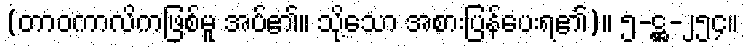
(တာဝကာလိကဖြစ်မူ အပ်၏။ သို့သော အစားပြန်ပေးရ၏)။ ၅-ဋ္ဌ-၂၅၄။